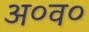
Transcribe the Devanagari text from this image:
अ०व०